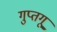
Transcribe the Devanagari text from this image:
गुप्तगू